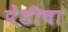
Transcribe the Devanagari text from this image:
पेंडीचा